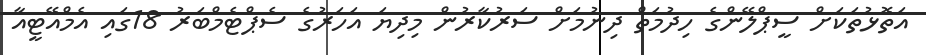
އަތޮޅުތަކަށް ސީޕްލޭންގެ ހިދުމަތް ދިނުމަށް ސަރުކާރުން މިދިޔަ އަހަރުގެ ސެޕްޓެމްބަރު 18ގައި އެމްއޭޓީއާ